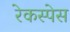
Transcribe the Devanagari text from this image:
रेकस्पेस